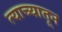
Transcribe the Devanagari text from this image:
त्याच्यातून